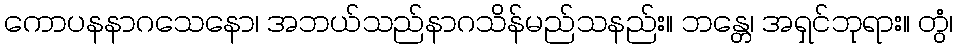
ကောပနနာဂသေနော၊ အဘယ်သည်နာဂသိန်မည်သနည်း။ ဘန္တေ၊ အရှင်ဘုရား။ တွံ၊